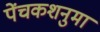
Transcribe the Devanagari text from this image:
पेंचकशनुमा